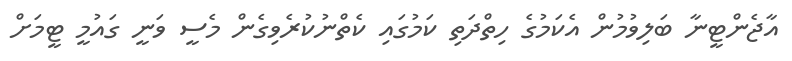
އާޖެންޓީނާ ބަލިވުމުން އެކަމުގެ ހިތްދަތި ކަމުގައި ކެތްނުކުރެވިގެން މެސީ ވަނީ ގައުމީ ޓީމަށް